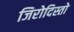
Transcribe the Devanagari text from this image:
जिरोदिस्तो